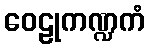
ဝေဠုကဏ္ဍကံ